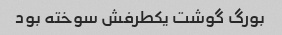
بورگ گوشت یکطرفش سوخته بود